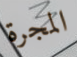
المجرة